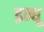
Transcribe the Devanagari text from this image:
इन्धू